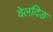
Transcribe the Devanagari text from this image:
वेलदिङ